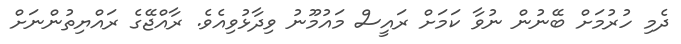
ދެމި ހުރުމަށް ބޭނުން ނުވާ ކަމަށް ރައީސް މައުމޫނު ވިދާޅުވިއެވެ. ރާއްޖޭގެ ރައްޔިތުންނަށް